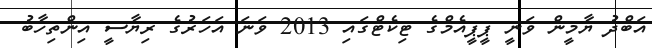
އަބްދު ޔާމީން ވަނީ ޕީޕީއެމްގެ ޓިކެޓްގައި 2013 ވަނަ އަހަރުގެ ރިޔާސީ އިންތިހާބު